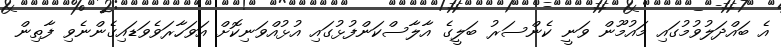
އެ ބައްދަލުވުމުގައި މައުމޫން ވަނީ ކެންސަރު ބަލީގެ އާލާސްކަންފުޅުގައި އުޅުއްވަނިކޮށް އަވަހާރަވެވަޑައިގެންނެވި ފާތިން